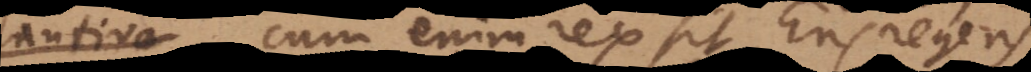
radix. Cum enim rex sit Ens regens,